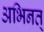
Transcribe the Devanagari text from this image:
अभिनत्